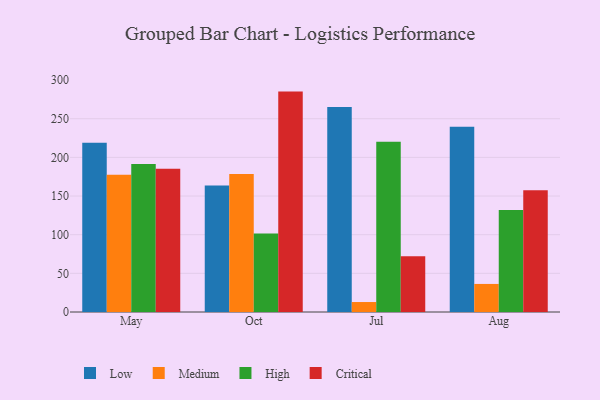
{"axis": {"x": "Month", "y": "Gross Profit (USD K)"}, "legend": ["Critical", "High", "Low", "Medium"], "data": [{"x": "May", "y": 218.8, "type": "Low"}, {"x": "May", "y": 177.5, "type": "Medium"}, {"x": "May", "y": 191.5, "type": "High"}, {"x": "May", "y": 185.3, "type": "Critical"}, {"x": "Oct", "y": 163.7, "type": "Low"}, {"x": "Oct", "y": 178.4, "type": "Medium"}, {"x": "Oct", "y": 101.5, "type": "High"}, {"x": "Oct", "y": 285.1, "type": "Critical"}, {"x": "Jul", "y": 265.2, "type": "Low"}, {"x": "Jul", "y": 12.9, "type": "Medium"}, {"x": "Jul", "y": 220.1, "type": "High"}, {"x": "Jul", "y": 72.2, "type": "Critical"}, {"x": "Aug", "y": 239.6, "type": "Low"}, {"x": "Aug", "y": 36.3, "type": "Medium"}, {"x": "Aug", "y": 132.0, "type": "High"}, {"x": "Aug", "y": 157.5, "type": "Critical"}]}